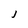
Character: J